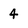
Character: 4